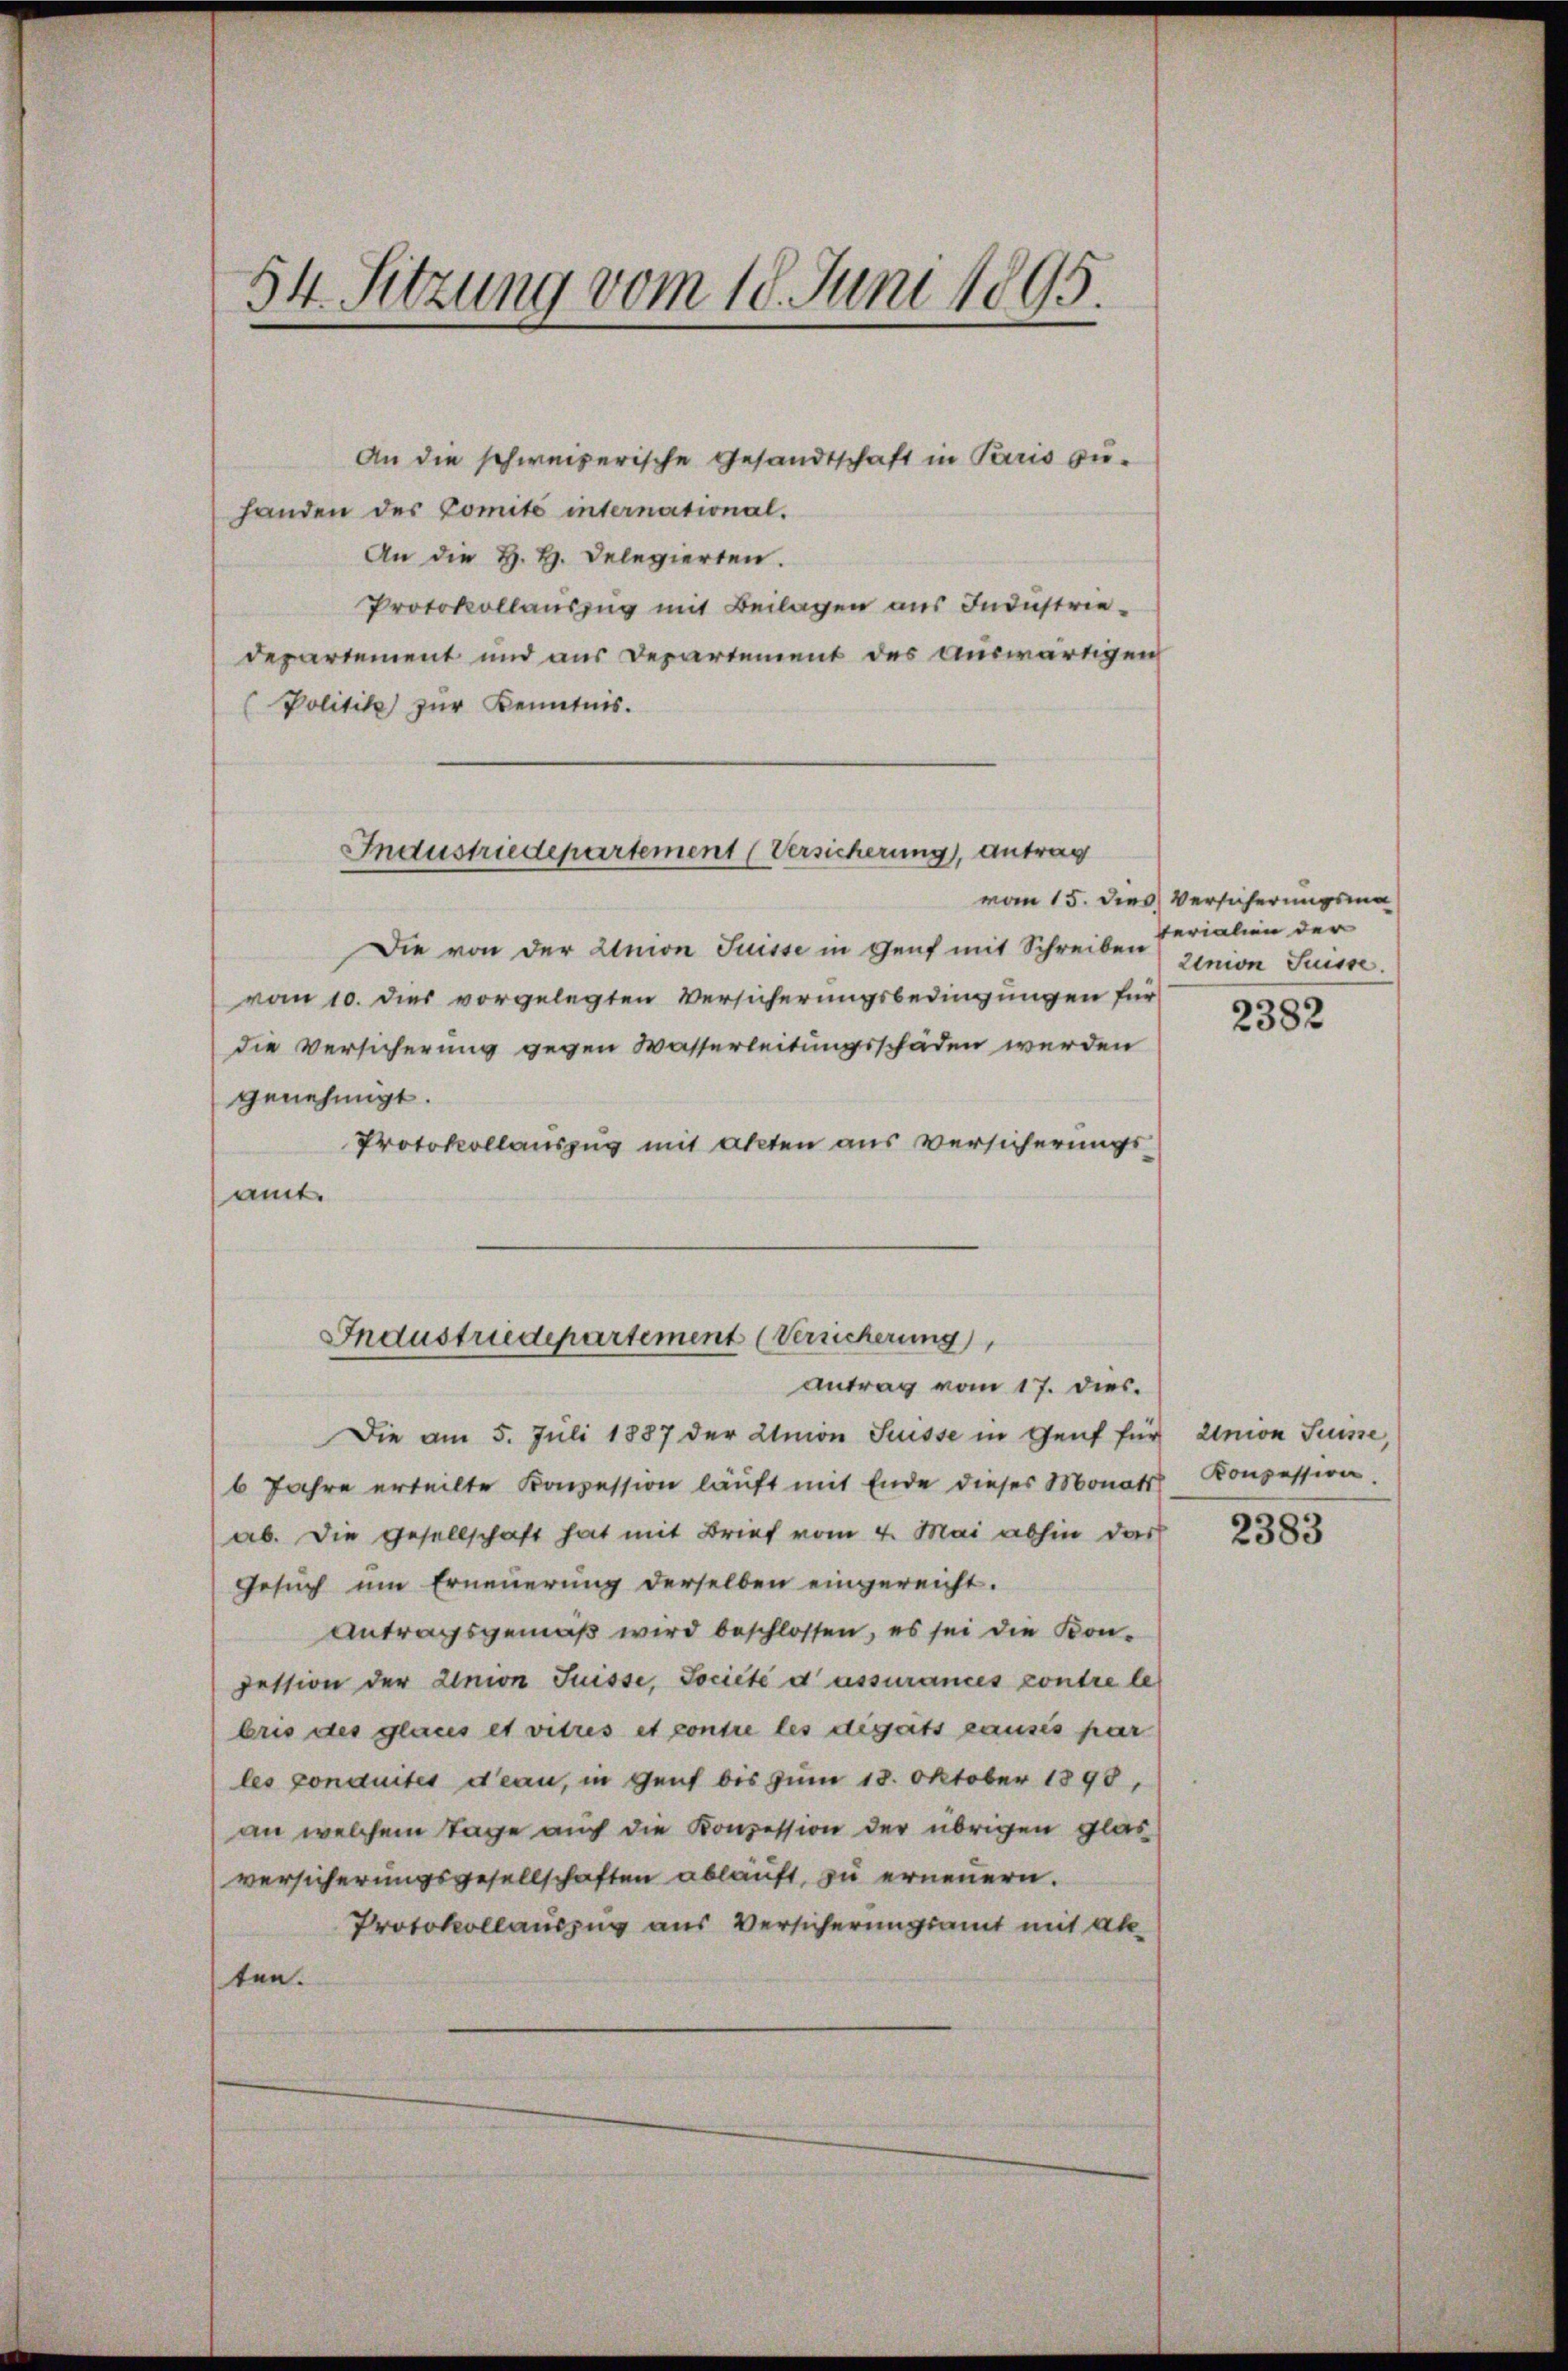
54. Sitzung vom 18. Juni 1895.

An die schweizerische Gesandtschaft in Paris zu-
handen des Comité international.
An die H. H. Delegierten.
Protokollauszug mit Beilagen aus Industriedepartement und aus Departement des auswärtigen
(Politik zur Kenntnis.

Industriedepartement (Versicherung, Antrag

Die von der Union Suisse in Genf mit Schreiben
vom 10. dies vorgelegten Versicherungsbedingungen für
die Versicherung gegen Wasserleitungsschäden werden
genehmigt.
Protokollauszug mit akten aus versicherungsamt.

Inaustriedepartement (Versicherung
Antrag vom 17. dies.

Die am 5. Juli 1887 der Union Suisse in Genf für Union Suisse,
6 Jahre erteilte Konzession läuft mit Ende dieses Monats
ab. Die Gesellschaft hat mit Brief vom 4. Mai abhin das
Gesuch um Erneuerung derselben eingereicht.
Antragsgemäß wird beschlossen, es sei die Kon-
jession der Union Suisse, Societé d’assurances contre le
bris des glaus et vieres et contre les deguts causes par
les conduites d’eau, in Genf bis zum 18. Oktober 1898,
an welchem Tage auch die Konzession der übrigen Glas
versicherungsgesellschaften ablauft, zu erneuern.
Protokollauszug aus Versicherungsamt mit abten.

vom 15. dies Versicherungsma
terialien der
zinion Suisse.

2382

Konzession.

2383